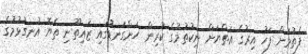
ފެތުމަށް ފަހު އިރުގެ އަތްޔަށް ނިކުތުމުގެ ކުރިން ހަންގަނޑުގައި ޒައިތޫނި ތެޔޮ އުނގުޅުމުގެ